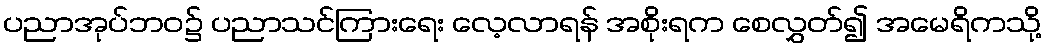
ပညာအုပ်ဘဝ၌ ပညာသင်ကြားရေး လေ့လာရန် အစိုးရက စေလွှတ်၍ အမေရိကသို့